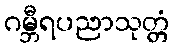
ဂမ္ဘီရပညာသုတ္တံ